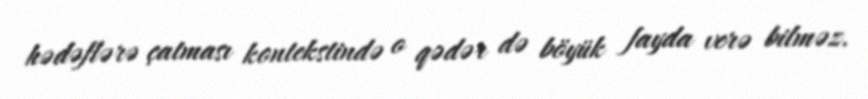
hədəflərə çatması kontekstində o qədər də böyük fayda verə bilməz.